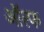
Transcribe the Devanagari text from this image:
ऑल्फ